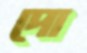
দো